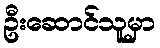
ဦးဆောင်သူမှာ